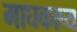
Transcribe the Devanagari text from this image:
माघकाव्य